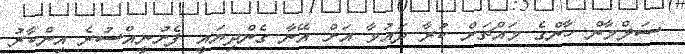
ސަލްމާން ހާންގެ މައްޗަށް ކުރާ ދައުވާ އަށް އޭނާ ގެންދިޔައީ ފެށުނީއްސުރެ އިންކާރު